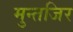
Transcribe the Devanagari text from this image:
मुन्तजिर